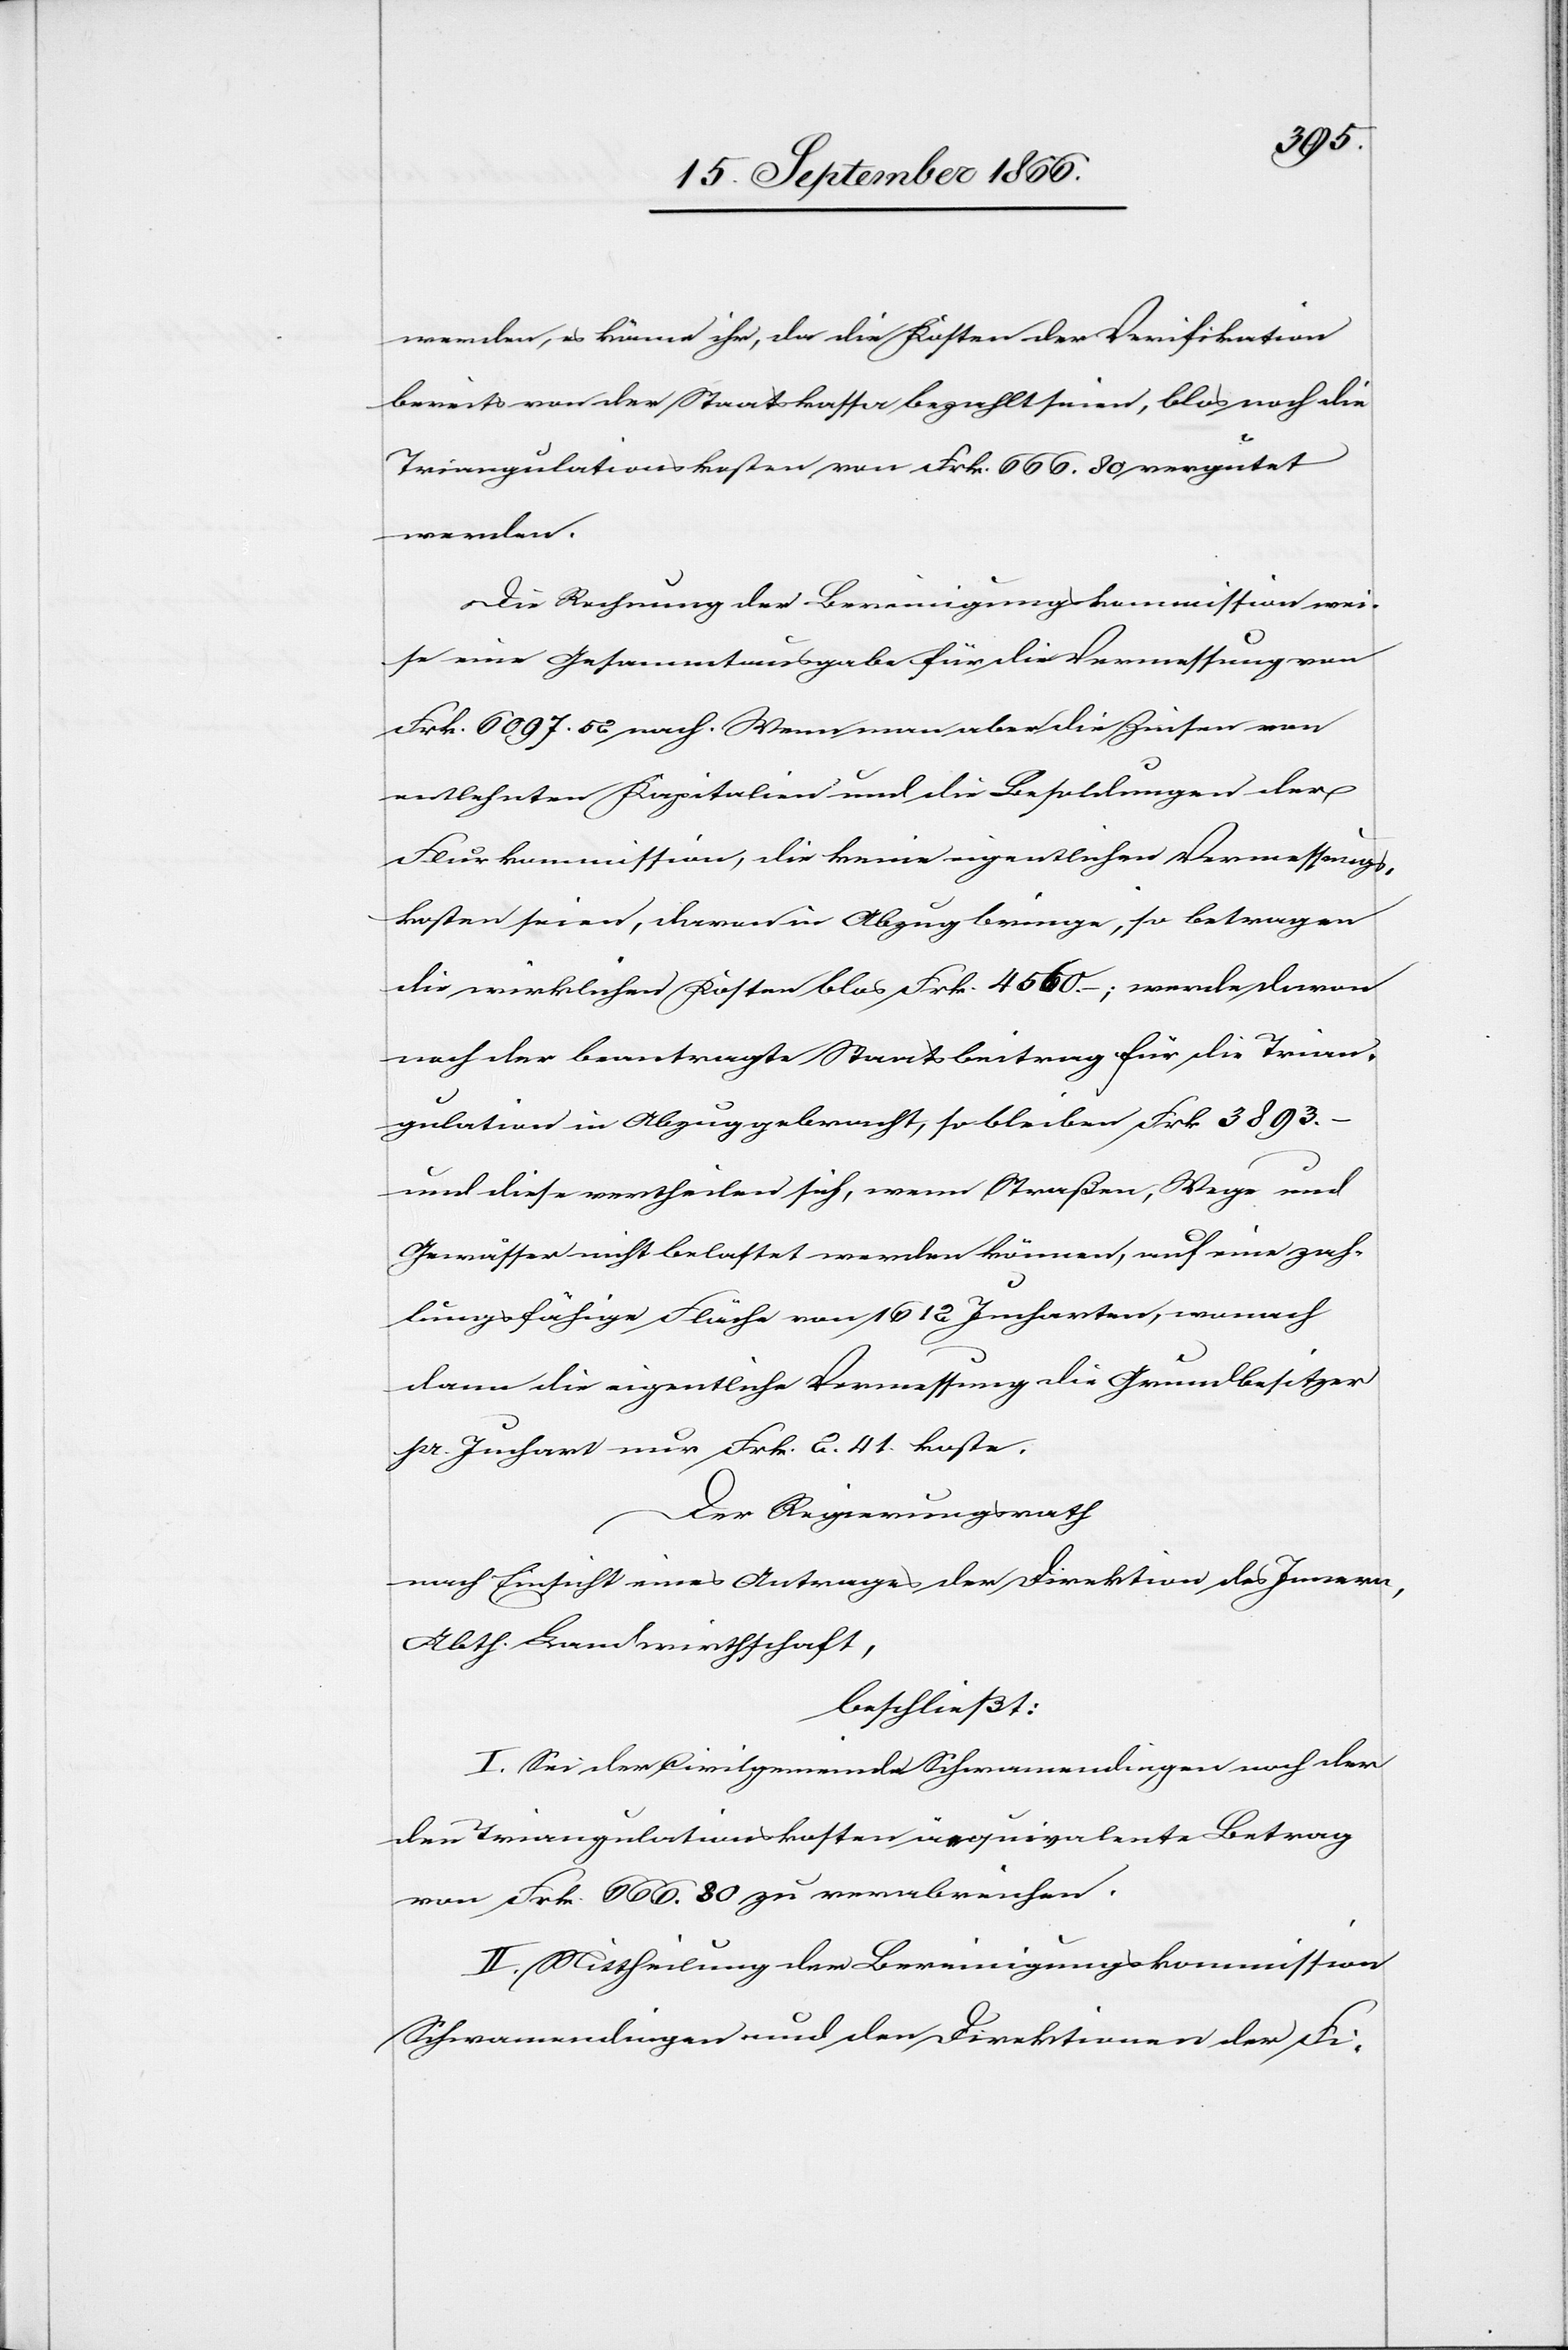
zah¬
werden, es könne ihr, da die Kosten der Verifikation
bereits von der Staatskassa bezahlt seien, blos noch die
Triangulationskosten von Frk. 666.80 vergütet
werden
Die Rechnung der Bereinigungskommission wei¬
se eine Gesammtausgabe für die Vermessung von
Frk. 6097.52 nach. Wenn man aber die Zinsen von
entlehnten Kapitalien und die Besoldungen der
Flurkommission, die keine eigentlichen Vermessungs¬
kosten seien, davon in Abzug bringe, so betragen
die wirklichen Kosten blos Frk. 4560.–; werde davon
noch der beantragte Staatsbeitrag für die Trian¬
gulation in Abzug gebracht, so bleiben Frk. 3893.–
und diese vertheilen sich, wenn Straßen, Wege und
lungsfähige Fläche von 1612 Jucharten, wonach
dann die eigentliche Vermessung die Grundbesitzer
pr. Juchart nur Frk. 2.41 koste.
Der Regierungsrath
nach Einsicht eines Antrages der Direktion des Innern,
Abth. Landwirthschaft,
beschließt:
I. Sei der Civilgemeinde Schwamendingen noch der
den Triangulationskosten äquivalente Betrag
von Frk. 666.80 zu verabreichen.
II. Mittheilung der Bereinigungskommission
Schwamendingen und den Direktionen der Fi-